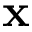
\mathbf { x }